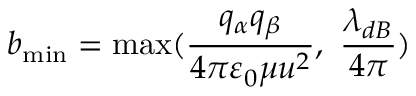
{ { b } _ { \operatorname* { m i n } } } = \operatorname* { m a x } ( \frac { { { q } _ { \alpha } } { { q } _ { \beta } } } { 4 \pi { { \varepsilon } _ { 0 } } \mu { { u } ^ { 2 } } } , \ \frac { { { \lambda } _ { d B } } } { 4 \pi } )